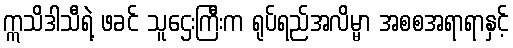
ဣသိဒါသီရဲ့ ဖခင် သူဌေးကြီးက ရုပ်ရည်အလိမ္မာ အစစအရာရာနှင့်